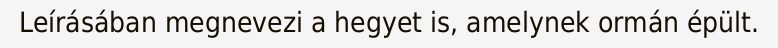
Leírásában megnevezi a hegyet is, amelynek ormán épült.